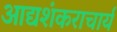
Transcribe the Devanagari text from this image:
आद्यशंकराचार्य